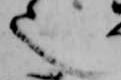
也